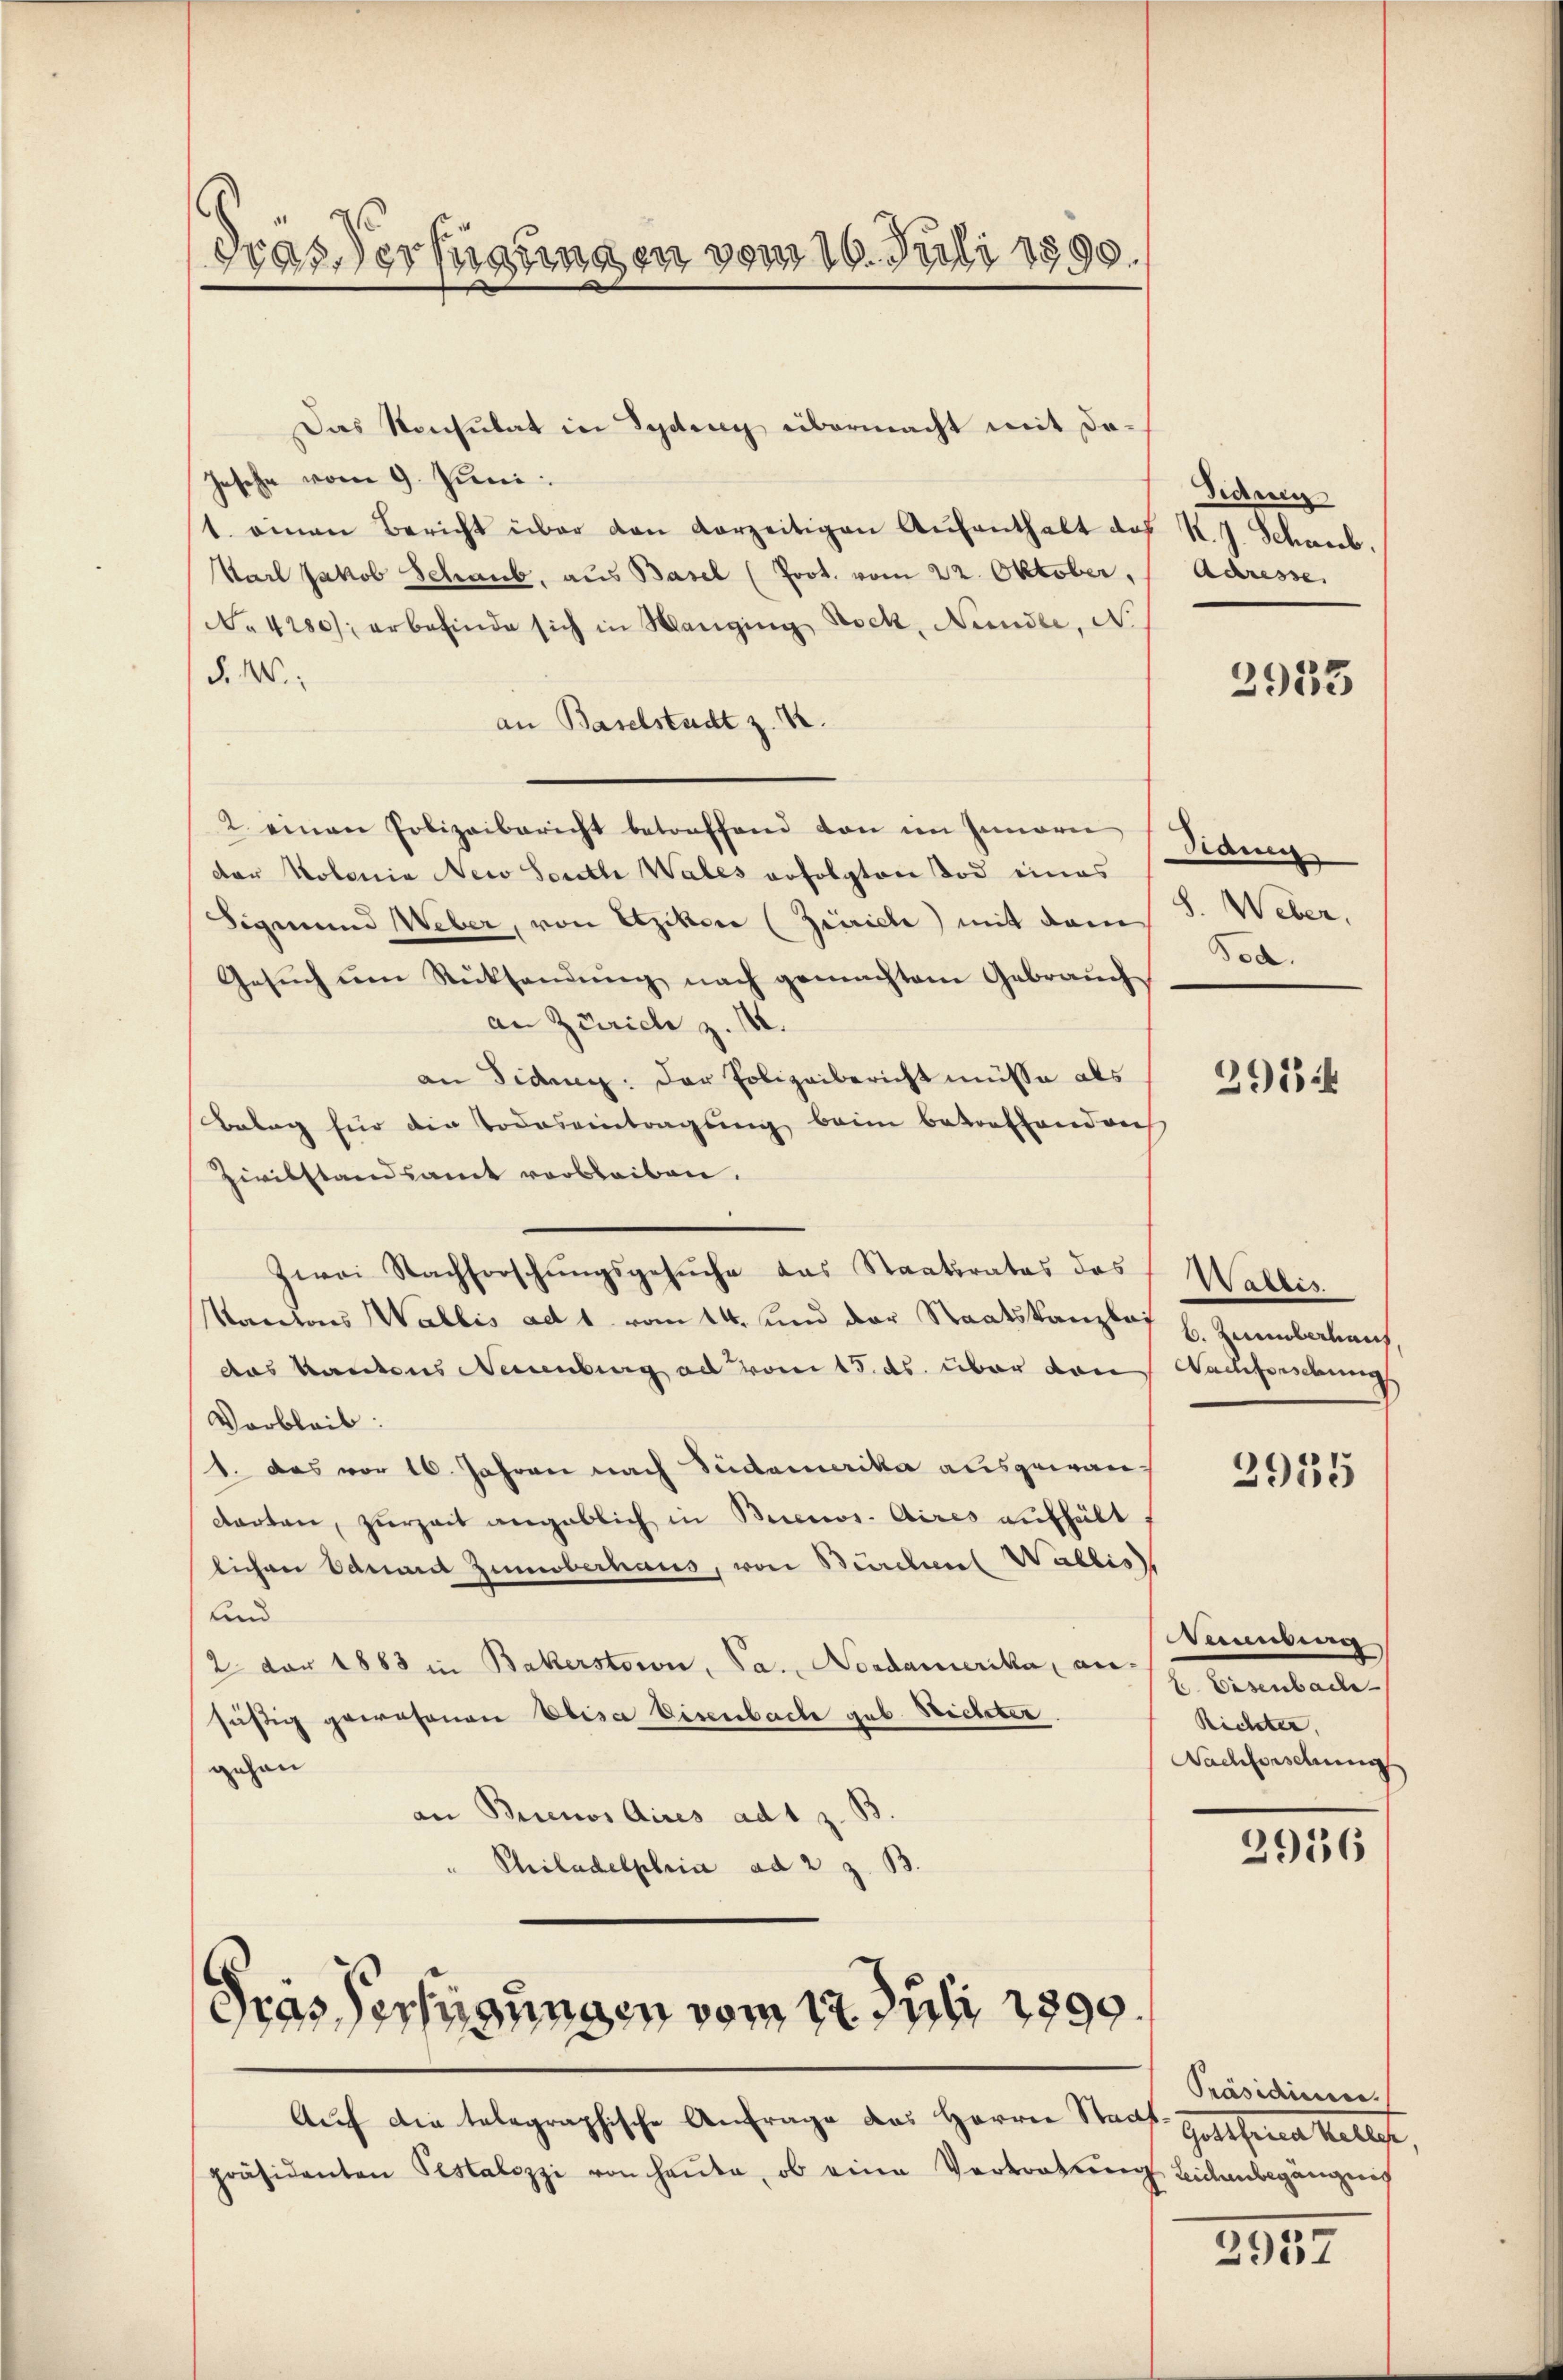
dras Verfügungen vom 16. Juli 1890.

Das Konsulat in Sydung übermacht mit da¬
Jesehe vom 9. Juni:
1. einen Bericht über den vorzeitigen Aŭfenthalt das K. J. Schneeb.
Karl Jakob Schaub, aus Basel (Prot. vom 22. Oktober,
No 4280/ erbefinde sich in Wanging Rock, Nandle, N.
§. 1.
an Baselstadt z. B.
2 einen Polizeibericht betreffend von im Inneren Sidung
der Kolonia New South Wales erfolgten Tod eines
Sigmund Weber, von Etzikon (Zürich) mit dem
Gesŭch ŭm Rücksendŭng nach gemachtem Gebraŭch
an Zürich z. 14.
an Fidung: Der Polizeibericht müsse als
Belag für die Todeseintragung beim betreffend auch
Zivilstandsamt verbleiben.
Zwei Nachforschŭngsgesŭche das Staatsrates das Wallis
Kanions Wallis ad 1. vom 14. und der Staatskanzlos s. Zueberhaus,
das kantons Neuenburg ad vom 15. ds. über den Nachforschungs
Varbleib:
1. Das vor 16. Jahren nach Südamerika ausgewan-
darten, zurzeit angeblich in Buccos Aires aufhält
lichen Eduart Zinoberhaus, von Bürchen Wallis
und
2 dar 1883 in Bakerstoron, Pa. Nordamerika, ansäßig gewesenen Elisa Eisenbache geb. Wichter.
gehen
an Buenos Aires ad 1 z. B.
" Philadelphria ad 2 z. B.

Fras Verfügungen vom 17. Juli 1890.

Auf die telegraphische Anfrage des Herrn Staat
präsidenten Pestalozzi von heŭte, ob eine Vertretung Licenbegängnis

Didmen
Adresse.

2953

8. Weber,
Bod.

291

2935

Deutung
2. Eisenbache
Richter,
Nachforschung

2956

Präsidieren.
Gott seine Stellt

2957